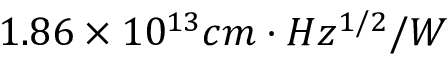
1 . 8 6 \times 1 0 ^ { 1 3 } c m · H z ^ { 1 / 2 } / W